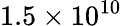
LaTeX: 1.5\times 10^{10}